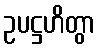
ဥပဋ္ဌဟိတွာ